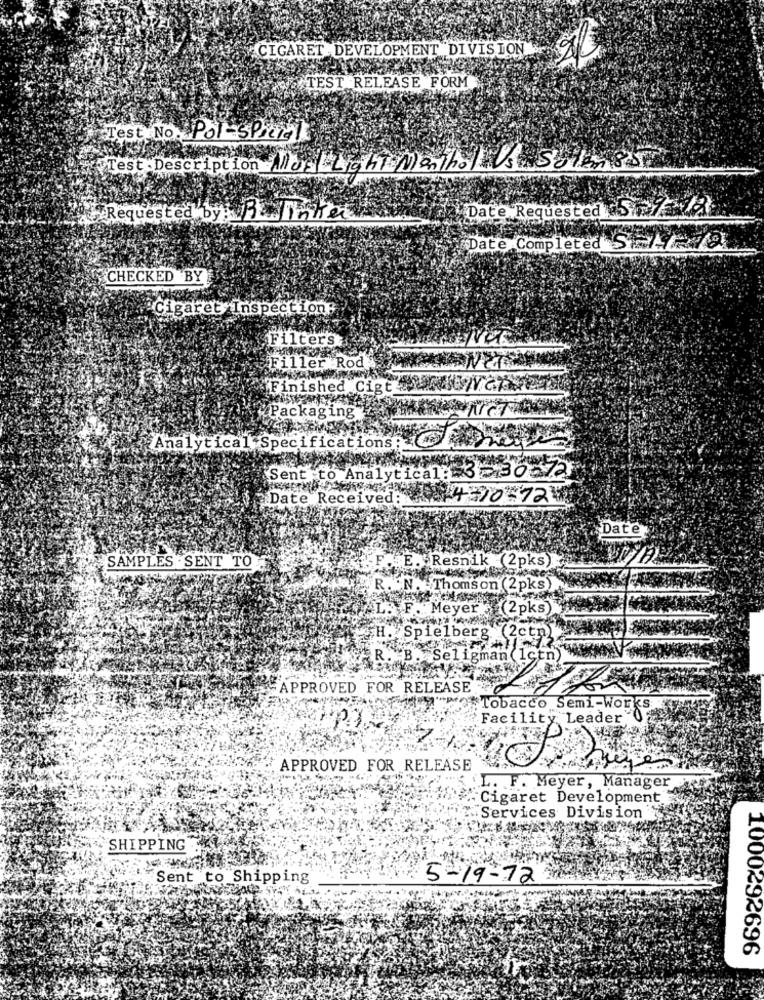
CIGARET DEVELOPMENT DIVISION
TEST RELEASE FORM
Test No. Pol-Special
Test Description Aldel Light Menthol s Solemos
Requested by: 3 |inter Date Requested
Date Completed SA
CHECKED BY
Cigaret Inspection:
Filters
Filler Rod
Finished Cigta2
Packaging"
Analytical Specifications:
Sent to Analytical: 3- 30- 72
Date Received:40 72
Date
SAMPLES . SENT TO
.E. Resnik (2pks)
R. N. Thomson (2pks)
AL. F. Meyer
(2pks)
H. Spielberg (2ctn)
R. B. Seligman (Ictn)
APPROVED FOR RELEASE
Tobacco Semi-Works
Facility Leader 0;
APPROVED FOR RELEASE
L. F. Meyer, Manager
Cigaret Development
Services Division
SHIPPING
Sent to Shipping
5-19-72
1000292696